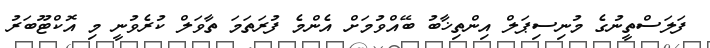
ފަލަސްތީނުގެ މުނިސިޕަލް އިންތިޚާބު ބޭއްވުމަށް އެންމެ ފުރަތަމަ ތާވަލް ކުރެވުނީ މި އޮކްޓޫބަރު